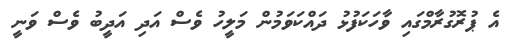
އެ ޕުރޮގުރާމްގައި ވާހަކަފުޅު ދައްކަވަމުން މަލީހު ވެސް އަދި އަދީބު ވެސް ވަނީ